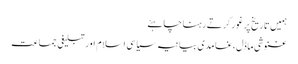
ہمیں تاریخ پر غور کرتے رہنا چاہئے
غنوشی ماڈل،غامدی بیانیہ سیاسی اسلام اور تبلیغی جماعت